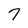
Character: 7